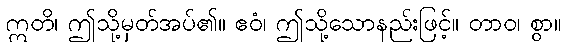
ဣတိ၊ ဤသို့မှတ်အပ်၏။ ဧဝံ၊ ဤသို့သောနည်းဖြင့်။ တာဝ၊ စွာ။